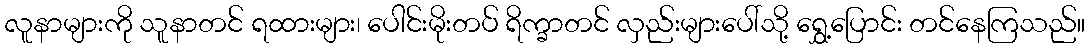
လူနာများကို သူနာတင် ရထားများ၊ ပေါင်းမိုးတပ် ရိက္ခာတင် လှည်းများပေါ်သို့ ရွှေ့ပြောင်း တင်နေကြသည်။